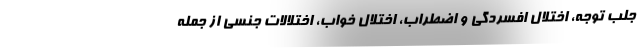
جلب توجه، اختلال افسردگی و اضطراب، اختلال خواب، اختلالات جنسی از جمله